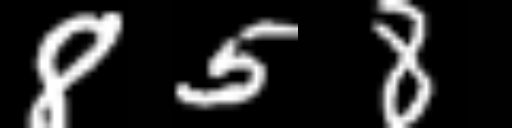
Text: 858